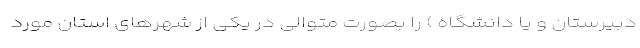
دبیرستان و یا دانشگاه ) را بصورت متوالی در یکی از شهرهای استان مورد